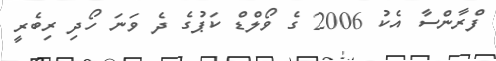
ފްރާންސާ އެކު 2006 ގެ ވޯލްޑް ކަޕުގެ ދެ ވަނަ ހޯދި ރިބެރީ